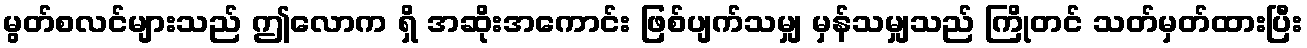
မွတ်စလင်များသည် ဤလောက ရှိ အဆိုးအကောင်း ဖြစ်ပျက်သမျှ မှန်သမျှသည် ကြိုတင် သတ်မှတ်ထားပြီး